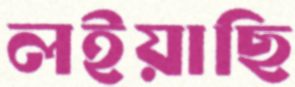
লইয়াছি